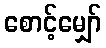
စောင့်မျှော်